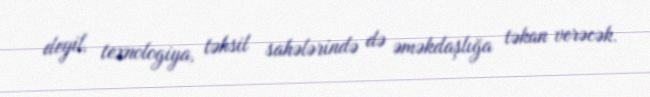
deyil, texnologiya, təhsil sahələrində də əməkdaşlığa təkan verəcək.